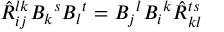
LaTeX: \hat { R } _ { i j } ^ { l k } B _ { k } { } ^ { s } B _ { l } { } ^ { t } = B _ { j } { } ^ { l } B _ { i } { } ^ { k } \hat { R } _ { k l } ^ { t s }